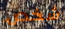
شخص